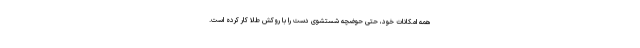
همه امکانات خود، حتی حوضچه شستشوی دست را با روکش طلا کار کرده است.